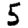
Digit: 5